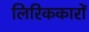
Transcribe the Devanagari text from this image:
लिरिककारों